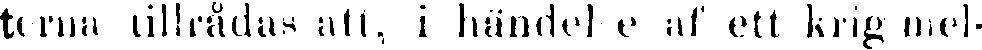
terna tillrådas att, i händel e af ett krig mel-